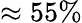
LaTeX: \approx 55\%